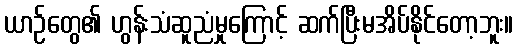
ယာဉ်တွေ၏ ဟွန်းသံဆူညံမှုကြောင့် ဆက်ပြီးမအိပ်နိုင်တော့ဘူး။